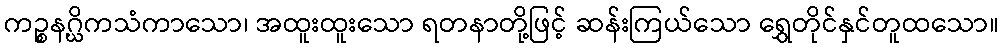
ကဉ္စနဂ္ဃိကသံကာသော၊ အထူးထူးသော ရတနာတို့ဖြင့် ဆန်းကြယ်သော ရွှေတိုင်နှင်တူထသော။